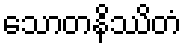
သောတနိဿိတံ